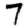
Digit: 7